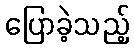
ပြောခဲ့သည့်